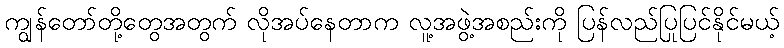
ကျွန်တော်တို့တွေအတွက် လိုအပ်နေတာက လူ့အဖွဲ့အစည်းကို ပြန်လည်ပြုပြင်နိုင်မယ့်